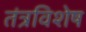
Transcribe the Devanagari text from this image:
तंत्रविशेष